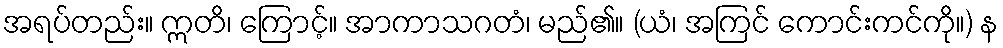
အရပ်တည်း။ ဣတိ၊ ကြောင့်။ အာကာသဂတံ၊ မည်၏။ (ယံ၊ အကြင် ကောင်းကင်ကို။) န